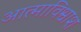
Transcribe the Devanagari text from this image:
आत्माविश्वाश